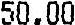
50.00